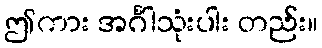
ဤကား အင်္ဂါသုံးပါး တည်း။